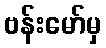
ဗန်းမော်မှ